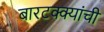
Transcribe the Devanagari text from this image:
बारटक्क्यांची